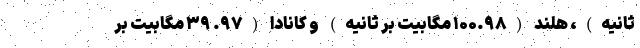
ثانیه)، هلند (۱۰۰.۹۸ مگابیت بر ثانیه) و کانادا (۹۷. ۳۹ مگابیت بر